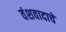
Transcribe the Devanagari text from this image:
वंशवादाचे